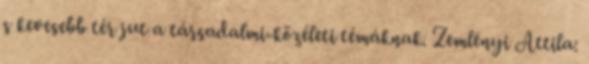
s kevesebb tér jut a társadalmi-közéleti témáknak. Zemlényi Attila: